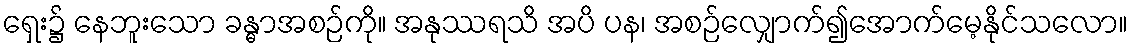
ရှေး၌ နေဘူးသော ခန္ဓာအစဉ်ကို။ အနုဿရသိ အပိ ပန၊ အစဉ်လျှောက်၍အောက်မေ့နိုင်သလော။